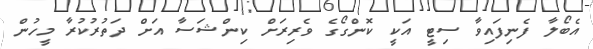
އެބޯލާ ފެނިފައިވާ ސިޓީ އަކީ ކޮންގޯގެ ވެރިރަށް ކިންޝަސާ އަށް ދަތުރުކުރާ މީހުން